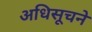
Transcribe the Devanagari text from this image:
अधिसूचने